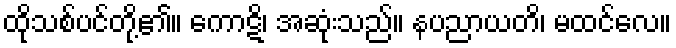
ထိုသစ်ပင်တို့၏။ ကောဋိ၊ အဆုံးသည်။ နပညာယတိ၊ မထင်လေ။